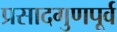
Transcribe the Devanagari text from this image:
प्रसादगुणपूर्व